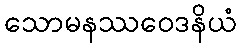
သောမနဿဝေဒနိယံ